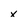
Character: x